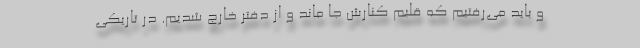
و باید می‌رفتیم که قلبم کنارش جا ماند و از دفتر خارج شدیم. در تاریکی